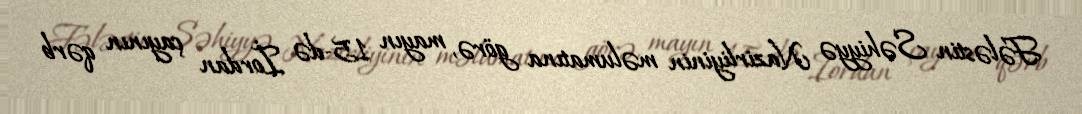
Fələstin Səhiyyə Nazirliyinin məlumatına görə, mayın 15-də İordan çayının qərb